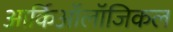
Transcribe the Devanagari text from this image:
आर्किऑलॉजिकल